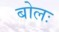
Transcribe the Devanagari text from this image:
बोलः